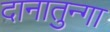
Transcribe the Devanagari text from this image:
दानातुन्गा